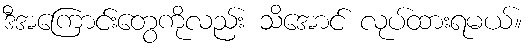
ဒီအကြောင်းတွေကိုလည်း သိအောင် လုပ်ထားရမယ်။